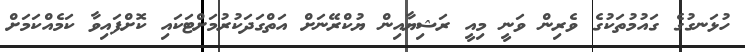
ހުޅަނގުގެ ގައުމުތަކުގެ ވެރިން ވަނީ މިއީ ރަޝިޔާއިން ޔުކްރޭނަށް އަތްގަދަކުރުމަށްޓަކައި ކޮށްފައިވާ ކަމެއްކަމަށް